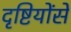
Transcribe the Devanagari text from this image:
दृष्टियोंसे